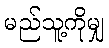
မည်သူ့ကိုမျှ